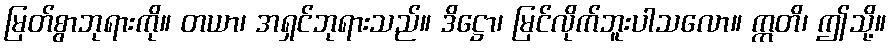
မြတ်စွာဘုရားကို။ တယာ၊ အရှင်ဘုရားသည်။ ဒိဋ္ဌော၊ မြင်လိုက်ဘူးပါသလော။ ဣတိ၊ ဤသို့။